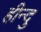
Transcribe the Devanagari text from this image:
हीन्दु